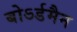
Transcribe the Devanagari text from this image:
बोऽर्डमैन